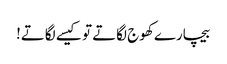
بیچارے کھوج لگاتے تو کیسے لگاتے!